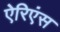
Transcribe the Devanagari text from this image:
ऐरिएंस